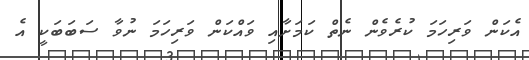
އެކަން ވަރިހަމަ ކުރެވެން ނެތް ކަމަށާއި ވައްކަން ވަރިހަމަ ނުވާ ސަބަބަކީ އެ